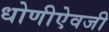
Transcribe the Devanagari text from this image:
धोणीऐवजी